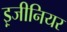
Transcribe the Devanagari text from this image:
इ़जीनियर